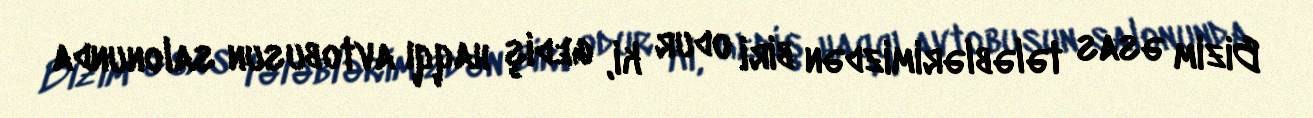
Bizim əsas tələblərimizdən biri odur ki, gediş haqqı avtobusun salonunda